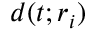
\boldsymbol { d } ( t ; \boldsymbol { r } _ { i } )